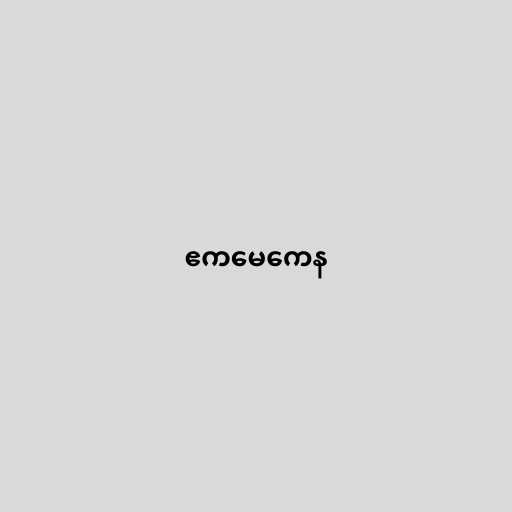
ဧကမေကေန